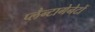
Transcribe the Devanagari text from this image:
प्लैन्टागेनेटों